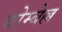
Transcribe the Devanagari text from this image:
वोम्बेल्ल